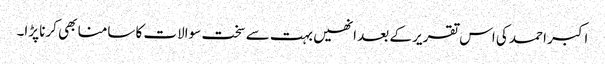
اکبر احمد کی اس تقریر کے بعد انھیں بہت سے سخت سوالات کا سامنا بھی کرنا پڑا۔